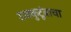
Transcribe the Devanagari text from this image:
राजकुटूंबाचा